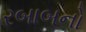
રબાબનો